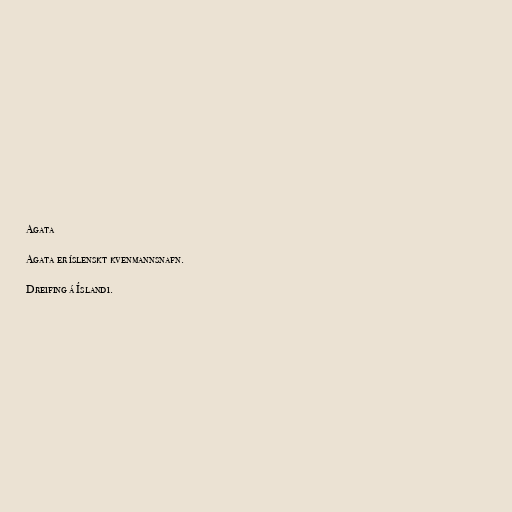
Agata

Agata er íslenskt kvenmannsnafn.

Dreifing á Íslandi.